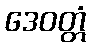
ဒေဝတ္တံ